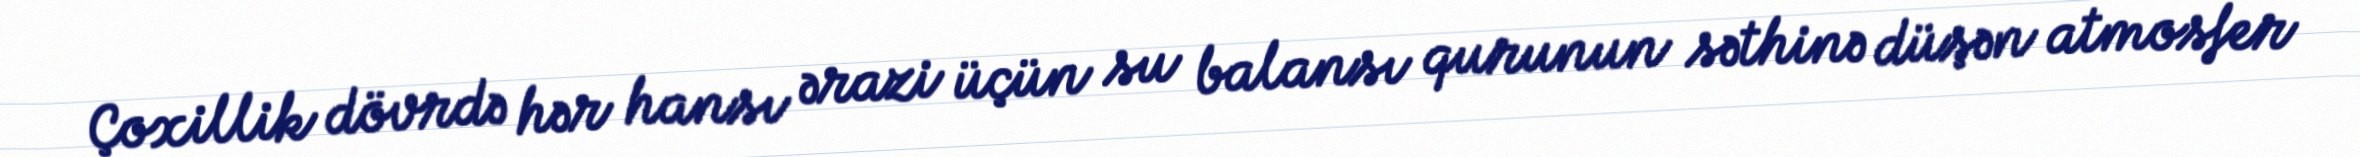
Çoxillik dövrdə hər hansı ərazi üçün su balansı qurunun səthinə düşən atmosfer